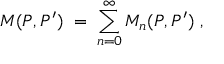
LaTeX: M ( P , P ^ { \prime } ) \; = \; \sum _ { n = 0 } ^ { \infty } M _ { n } ( P , P ^ { \prime } ) \; ,